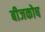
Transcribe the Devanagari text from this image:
बीजकोष